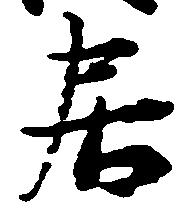
居